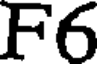
F6